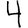
Digit: 4